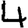
Digit: 4